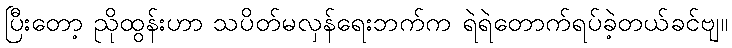
ပြီးတော့ ညိုထွန်းဟာ သပိတ်မလှန်ရေးဘက်က ရဲရဲတောက်ရပ်ခဲ့တယ်ခင်ဗျ။